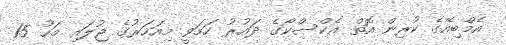
އެމްބިއޭގެ ކުރިން އޮތް އެކްސްކޯގެ ދައުރު ހަމަވީ މިއަހަރުގެ ޖުލައި މަހު 15